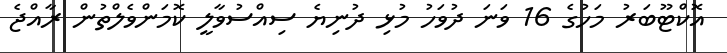
އޮކްޓޫބަރު މަހުގެ 16 ވަނަ ދުވަހު މުޅި ދުނިޔެ ސިއްސުވާލީ ކޮމަންވެލްތުން ރާއްޖެ